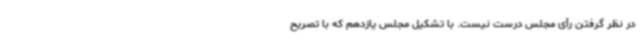
در نظر گرفتن رأی مجلس درست نیست. با تشکیل مجلس یازدهم که با تصریح